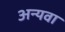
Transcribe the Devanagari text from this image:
अन्यवा